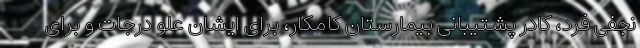
نجفی فرد، کادر پشتیبانی بیمارستان کامکار، برای ایشان علو درجات و برای